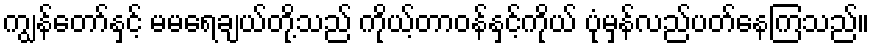
ကျွန်တော်နှင့် မမရေချယ်တို့သည် ကိုယ့်တာဝန်နှင့်ကိုယ် ပုံမှန်လည်ပတ်နေကြသည်။